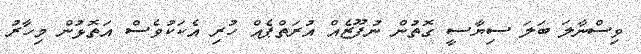
ވިސްނާލަ ބަލަ ސިޔާސީ ގޮތުން ނުފޫޒެއް އުރަތްޕެއް ހުރި އެކަކުވެސް އަތޮޅުން މިހާރު